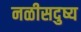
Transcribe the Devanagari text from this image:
नळीसदुष्य